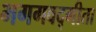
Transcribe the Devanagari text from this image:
भगगवद्गीता